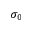
\sigma _ { 0 }